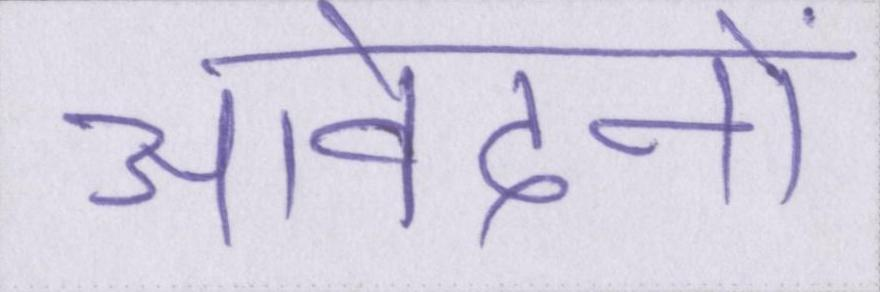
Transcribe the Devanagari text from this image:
आवेदनों